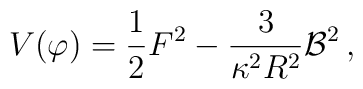
V(\varphi) = \frac{1}{2} F^2 - \frac{3}{\kappa^2 R^2} {\cal B}^2\, ,